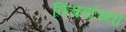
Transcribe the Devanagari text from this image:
विंचवांच्या